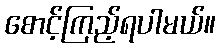
စောင့်ကြည့်ရပါမယ်။